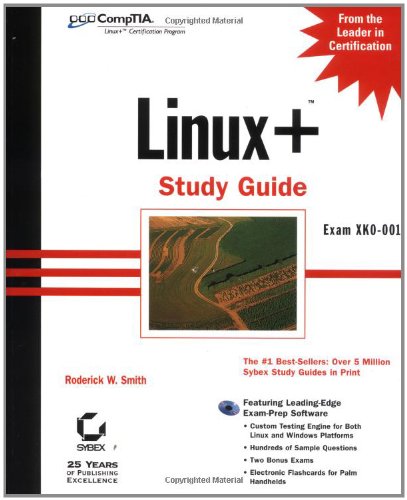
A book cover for Linux+ Study Guide: Exam XKO 001 (With CD-ROM); Roderick W. Smith; Computers & Technology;